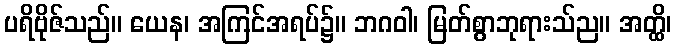
ပရိဗိုဇ်သည်။ ယေန၊ အကြင်အရပ်၌။ ဘဂဝါ၊ မြတ်စွာဘုရားသ်ည။ အတ္ထိ၊